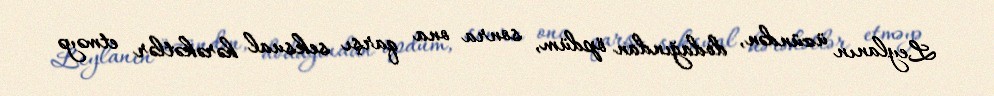
Leylanın üzündən, dodağından öpdüm, sonra ona qarşı seksual hərəkətlər etməyə